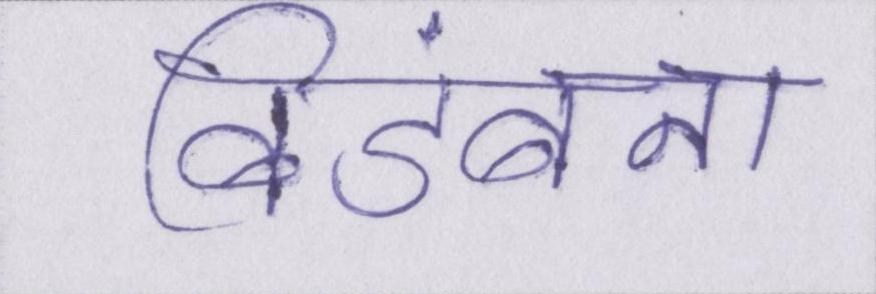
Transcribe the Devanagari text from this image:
बिडंबना